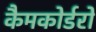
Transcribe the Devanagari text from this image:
कैमकोर्डरों